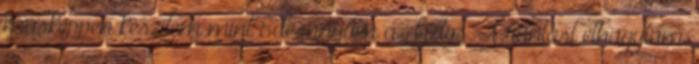
másképpen készítem mint Édesanyám az biztos. A rántást elhagytam,